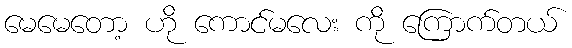
မေမေတော့ ဟို ကောင်မလေး ကို ကြောက်တယ်